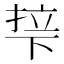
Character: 𬻡